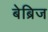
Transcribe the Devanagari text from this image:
बेब्रिज